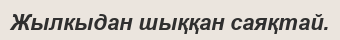
Жылкыдан шыққан саяқтай.